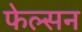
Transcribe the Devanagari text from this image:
फेल्सन